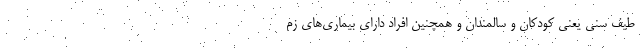
طیف سنی یعنی کودکان و سالمندان و همچنین افراد دارای بیماری‌های زم